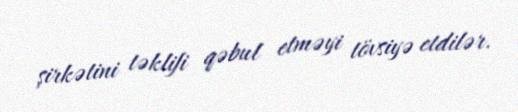
şirkətini təklifi qəbul etməyi tövsiyə etdilər.